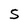
Character: S